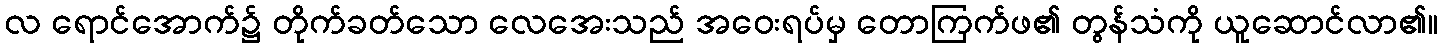
လ ရောင်အောက်၌ တိုက်ခတ်သော လေအေးသည် အဝေးရပ်မှ တောကြက်ဖ၏ တွန်သံကို ယူဆောင်လာ၏။